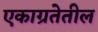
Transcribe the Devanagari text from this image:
एकाग्रतेतील